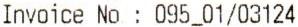
INVOICE NO : 095_01/03124